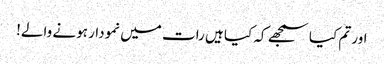
اور تم کیا سمجھے کہ کیا ہیں رات میں نمودار ہونے والے!